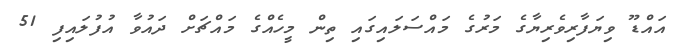
އައްޑޫ ވިޔަފާރިވެރިޔާގެ މަރުގެ މައްސަލައިގައި ތިން މީހެއްގެ މައްޗަށް ދައުވާ އުފުލައިފި 51